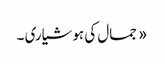
« جمال کی ہوشیاری ۔